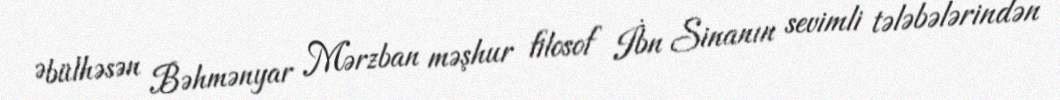
Əbülhəsən Bəhmənyar Mərzban məşhur filosof İbn Sinanın sevimli tələbələrindən